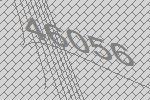
46056